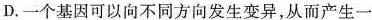
D.一个基因可以向不同方向发生变异，从而产生一